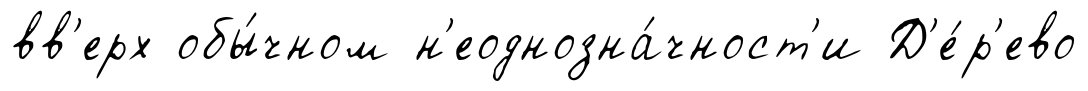
вв'ерх обы́чном н'еоднозна́чност'и Д'е́р'ево